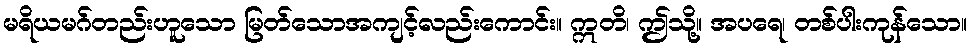
မရိယမဂ်တည်းဟူသော မြတ်သောအကျင့်လည်းကောင်း။ ဣတိ၊ ဤသို့။ အပရေ၊ တစ်ပါးကုန်သော။